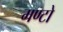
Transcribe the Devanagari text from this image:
मण्टो